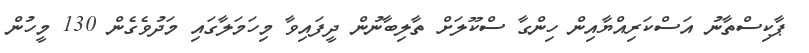
ޕާކިސްތާނު އަސްކަރިއްޔާއިން ހިންގާ ސްކޫލަށް ތާލިބާނުން ދީފައިވާ މިހަަމަލާގައި މަދުވެގެން 130 މީހުން